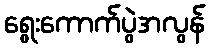
ရွေးကောက်ပွဲအလွန်